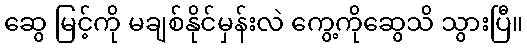
ဆွေ မြင့်ကို မချစ်နိုင်မှန်းလဲ ကွေ့ကိုဆွေသိ သွားပြီ။